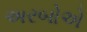
અરબોએ